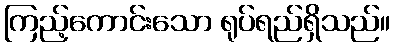
ကြည့်ကောင်းသော ရုပ်ရည်ရှိသည်။